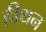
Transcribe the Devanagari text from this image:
हीथन